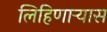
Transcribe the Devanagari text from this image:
लिहिणाऱ्यास